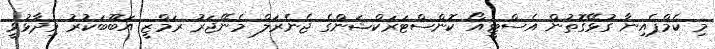
މި ކެމްޕެއިނާ ގުޅޭގޮތުން އެސްޓީއޯ ކޮންސްޓަރަކްޝަންގެ ޖެނެރަލް މެނޭޖަރު ރަމްޒީ އަބޫބަކުރު ވިދާޅުވީ